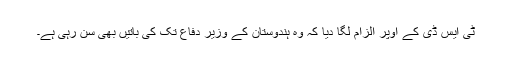
ٹی ایس ڈی کے اوپر الزام لگا دیا کہ وہ ہندوستان کے وزیر دفاع تک کی باتیں بھی سن رہی ہے۔